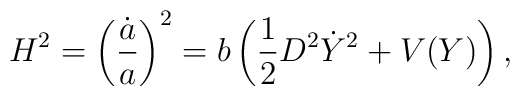
H^2 = \left({\dot a \over a}\right)^2 =  b\left({1\over 2} D^2\dot Y^2 +V(Y)\right),